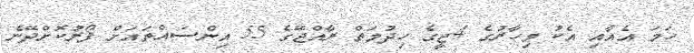
ހަމަ އެއާއި އެކު މިހާރުގެ 4ޖީގެ ހިދުމަތް ރާއްޖޭގެ 55 އިންސައްތައަށް ފޯރުކޮށްދޭނެ